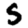
Digit: 5